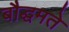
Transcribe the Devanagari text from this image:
बौद्धमते